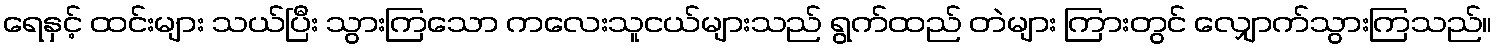
ရေနှင့် ထင်းများ သယ်ပြီး သွားကြသော ကလေးသူငယ်များသည် ရွက်ထည် တဲများ ကြားတွင် လျှောက်သွားကြသည်။